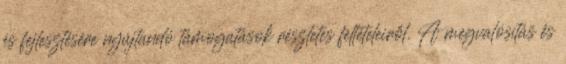
és fejlesztésére nyújtandó támogatások részletes feltételeiről. A megvalósítás és